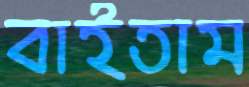
বাইতাম